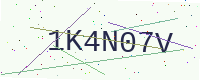
Text: 1K4N07V